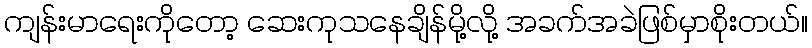
ကျန်းမာရေးကိုတော့ ဆေးကုသနေချိန်မို့လို့ အခက်အခဲဖြစ်မှာစိုးတယ်။